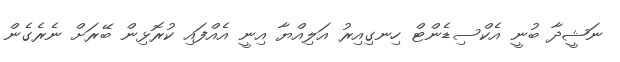
ނަޝީދާ ބުނީ އެކްސިޑެންޓް ހިނގިއިރު އަލިއްޔާ އިނީ އެއްފައި ކުރޮޅިން ބޭރަށް ނެރެގެން